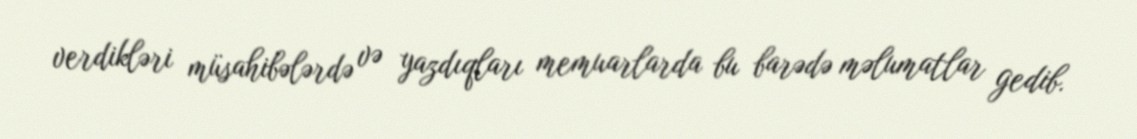
verdikləri müsahibələrdə və yazdıqları memuarlarda bu barədə məlumatlar gedib.